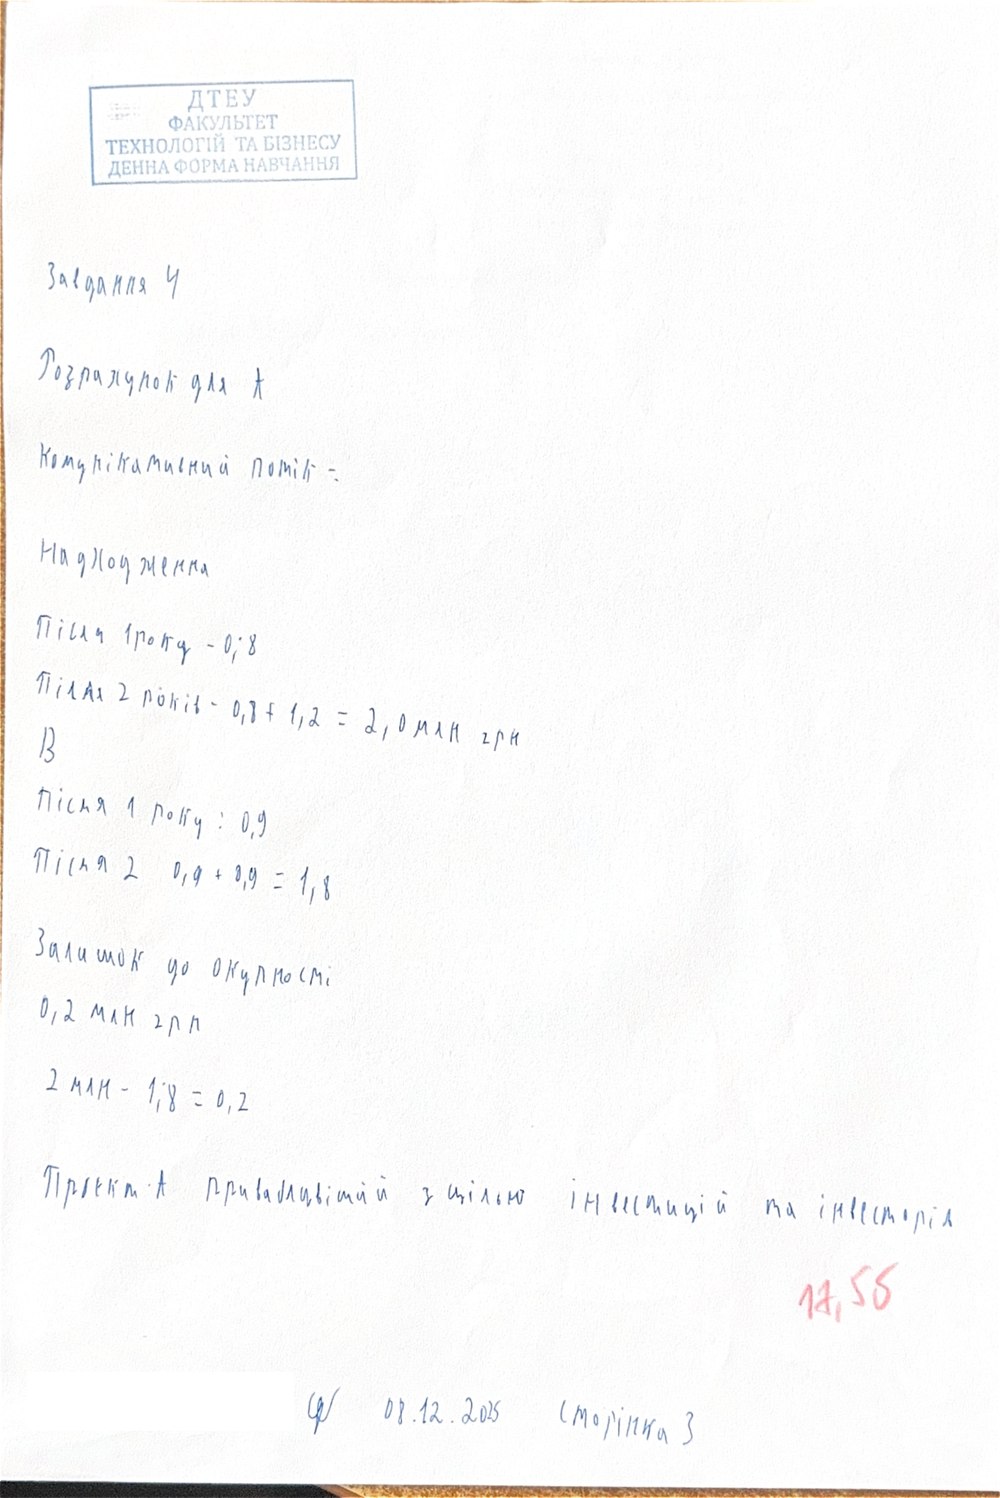
Завдання 4
Розрахунок для А
Комунікативний потік -
Надходження
Після 1 року - 0,8
Після 2 років - 0,8 + 1,2 = 2,0 млн грн
B
Після 1 року: 0,9
Після 2 0,9 + 0,9 = 1,8
Залишок до окупності
0,2 млн грн
2 млн - 1;8 = 0,2
Проєкт А привабливіший з цілью інвестицій та інвесторів
17,5 б
08.12.2025
сторінка 3